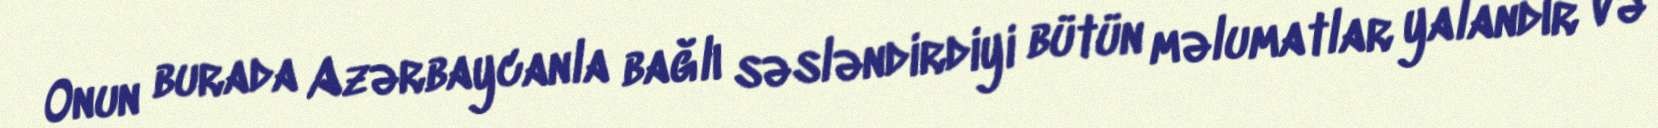
Onun burada Azərbaycanla bağlı səsləndirdiyi bütün məlumatlar yalandır və